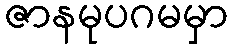
ဇာနမုပဂမမှာ